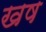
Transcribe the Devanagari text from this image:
खष